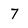
Character: 7